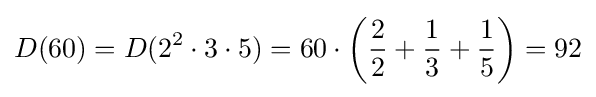
D(60)=D(2^{2}\cdot 3\cdot 5)=60\cdot \left({\frac {2}{2}}+{\frac {1}{3}}+{\frac {1}{5}}\right)=92